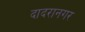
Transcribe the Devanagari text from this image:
दादरानगर